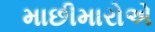
માછીમારોએ